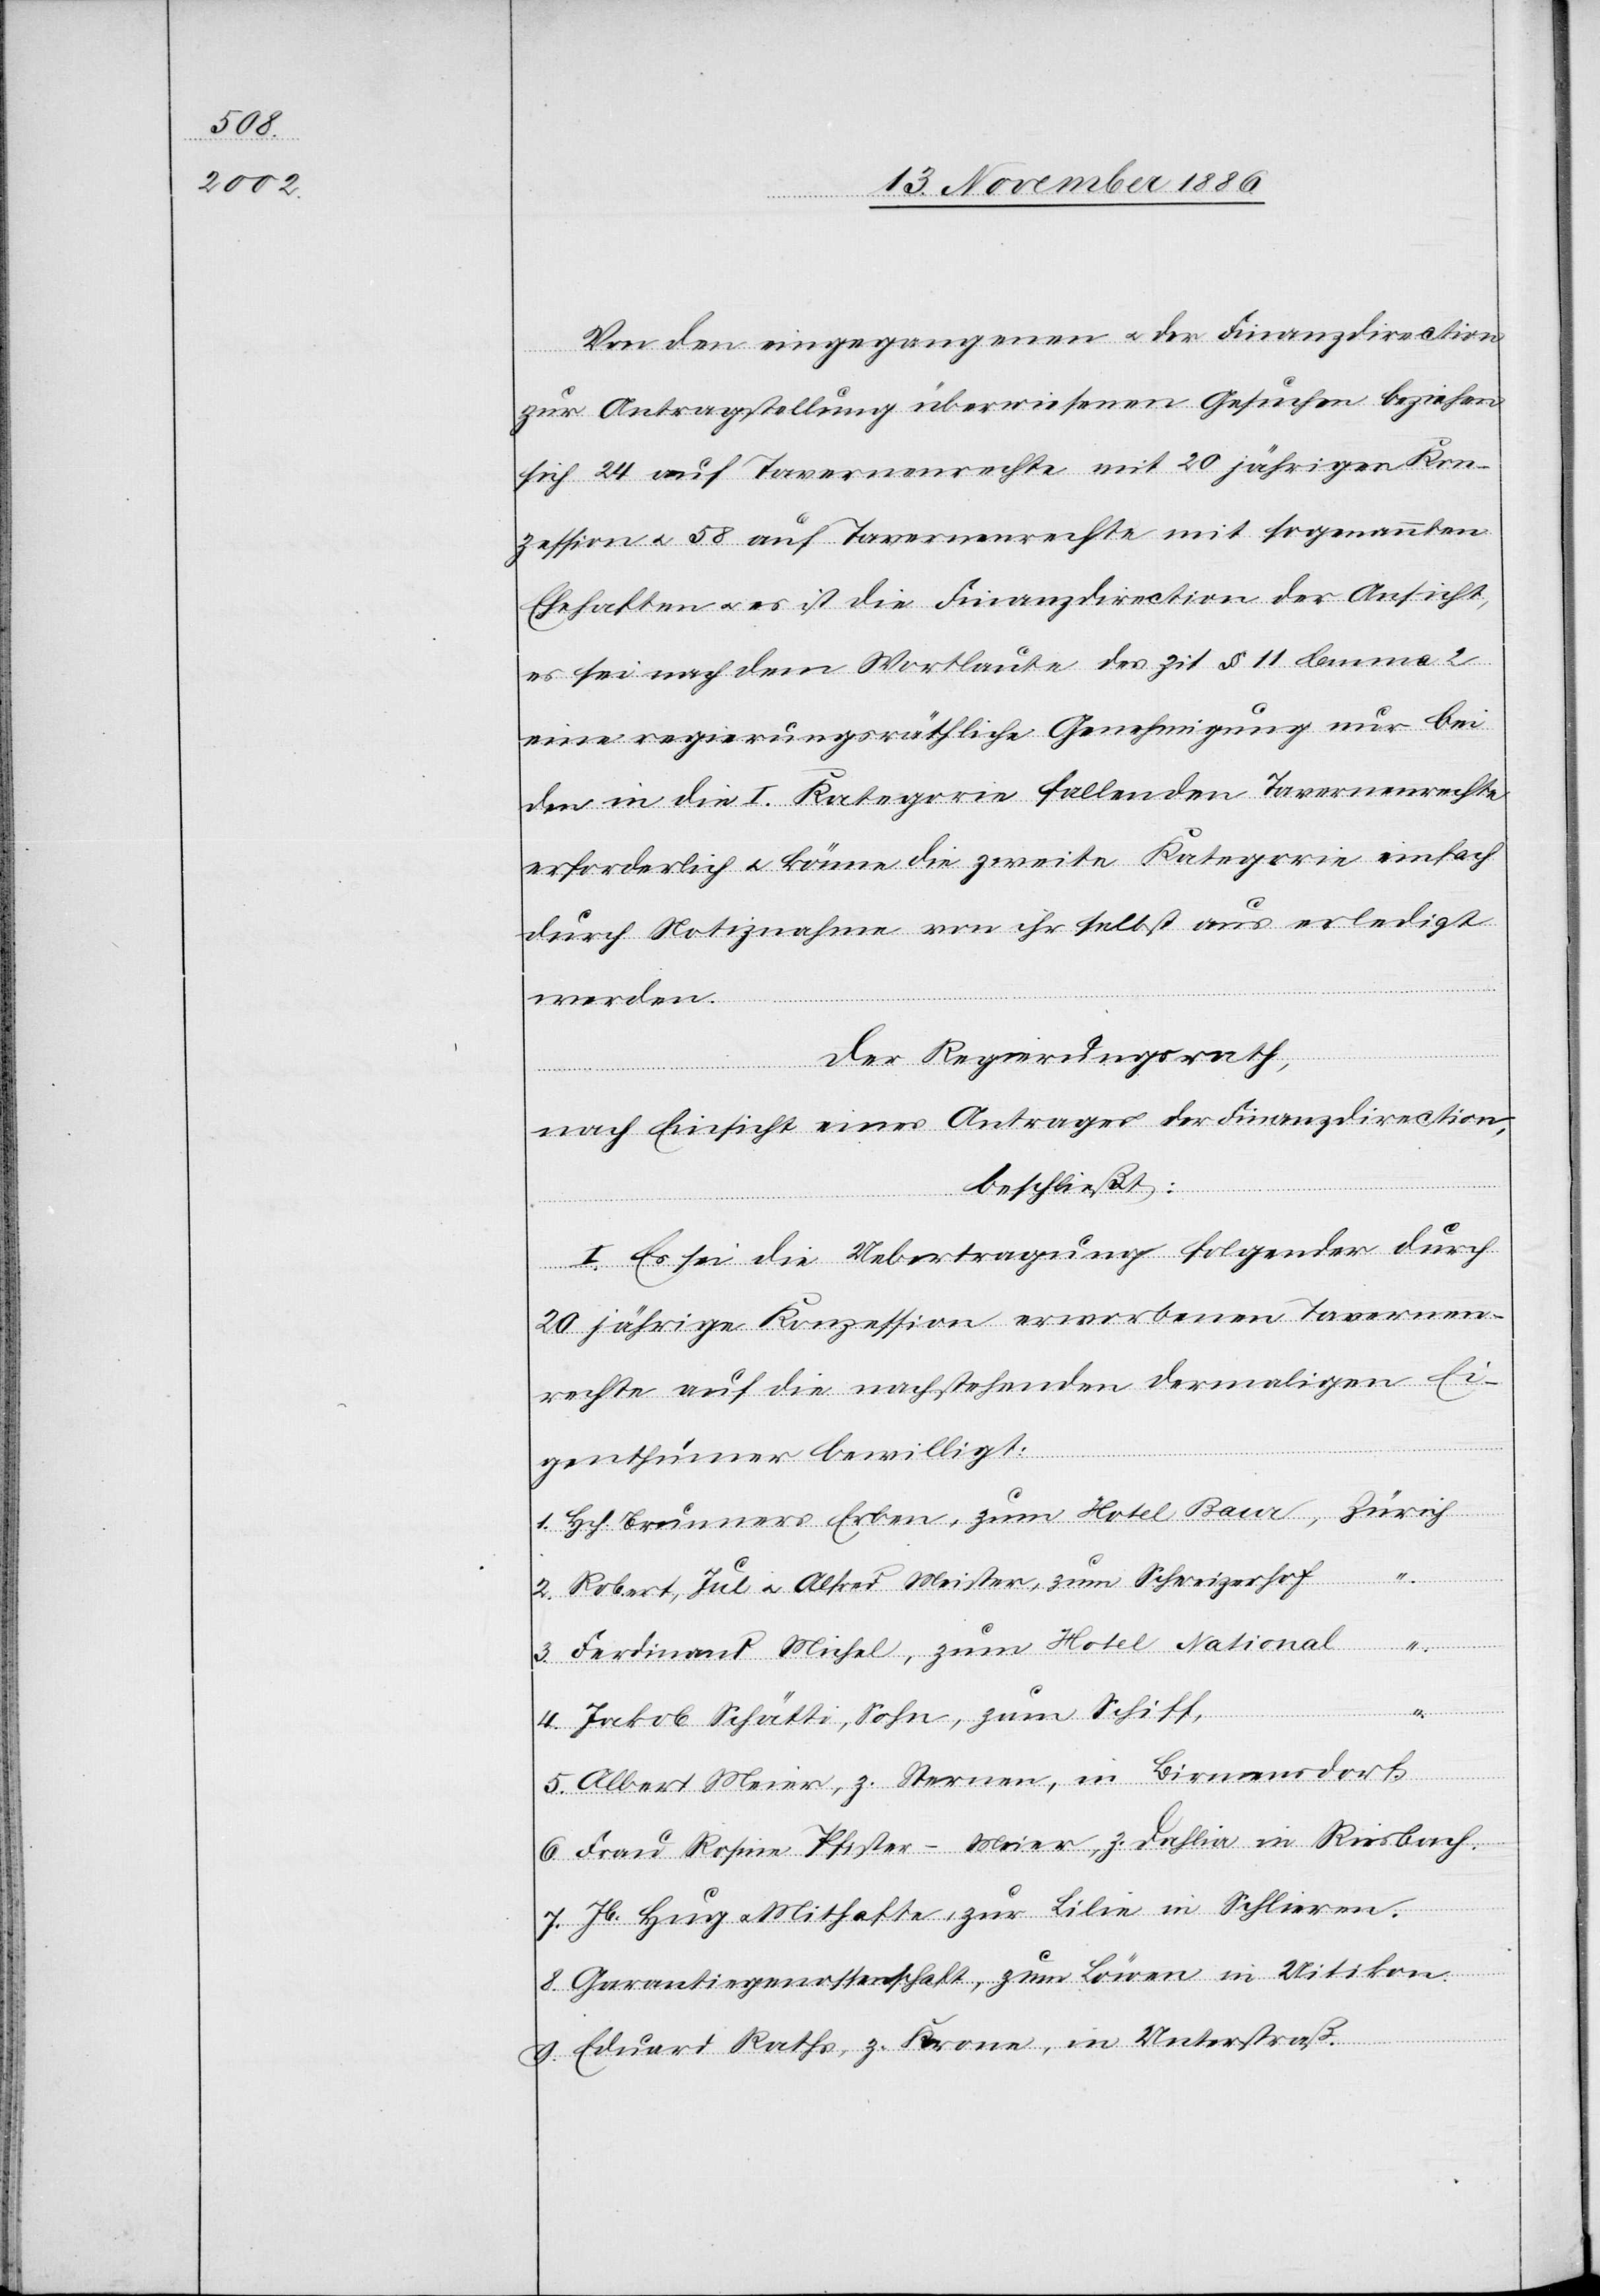
Von den eingegangenen & der Finanzdirection
8.
zur Antragstellung überwiesenen Gesuchen beziehen
sich 24 auf Tavernenrechte mit 20jährigen Kon¬
zession & 58 auf Tavernenrechte mit sogenannten
Ehehaften & es ist die Finanzdirection der Ansicht,
es sei nach dem Wortlaute des zit. § 11 lemma
eine regierungsräthliche Genehmigung nur bei
den in die I. Kategorie fallenden Tavernenrechte[n]
erforderlich & könne die zweite Kategorie einfach
durch Notiznahme von ihr selbst aus erledigt
werden.
Der Regierungsrath,
nach Einsicht eines Antrages der Finanzdirection,
beschließt:
I. Es sei die Uebertragung folgender durch
20jährige Konzession erworbenen Tavernen¬
rechte auf die nachstehenden dermaligen Ei¬
genthümer bewilligt:
Hch. Brunners Erben, zum Hotel Baur, Zürich
Robert, Jul. & Alfred Meister, zum Schweizerhof
Ferdinand Michel, zum Hotel National
4.
Jakob Schätti, Sohn, zum Schiff,
Albert Meier, z. Sternen, in Birmensdorf.
Frau Rosine Pfister-Meier, z. Dahlia in Riesbach.
Jb. Hug & Mithafte, zur Lilie in Schlieren.
Garantiegenossenschaft, zum Löwen in Uitikon.
Eduard Raths, z. Krone, in Unterstraß.